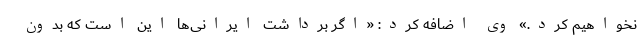
نخواهیم کرد.» وی اضافه کرد: «اگر برداشت ایرانی‌ها این است که بدون